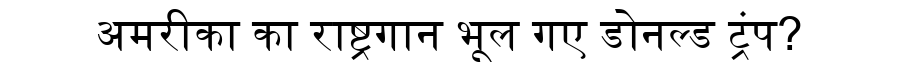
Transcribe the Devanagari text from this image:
अमरीका का राष्ट्रगान भूल गए डोनल्ड ट्रंप?